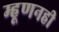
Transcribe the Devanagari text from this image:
म्हूणनही